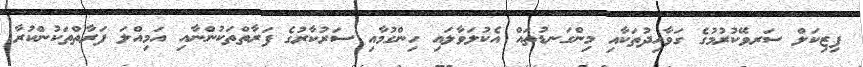
ފިޒިކަލް ސަރވޭކުރުމުގެ ގަވާއިދުތަކާއި މިންގަނޑުތައް އެކުލަވާލައި ހިންގުމާއި ސަރުކާރުގެ ފަރާތްތަކުންނާއި އަމިއްލަ ފަރާތްތަކުންކުރާ